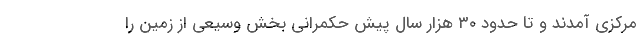
مرکزی آمدند و تا حدود ۳۰ هزار سال پیش حکمرانی بخش وسیعی از زمین را